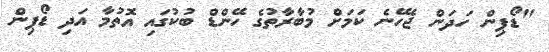
"ޑޯޕިން ހަދަން ޖެހޭނެ ކަމަށް މުބާރާތުގެ ހޭންޑް ބުކުގައި އޮތުމާ އަދި ޑޯޕިން